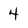
Character: 4